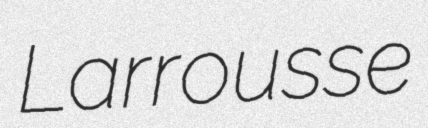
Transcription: Larrousse